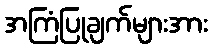
အကြံပြုချက်များအား